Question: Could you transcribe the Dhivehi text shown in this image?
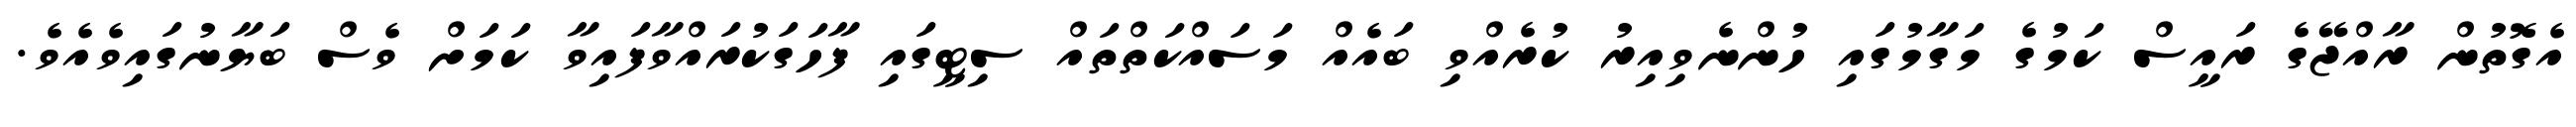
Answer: އެގޮތުން ރާއްޖޭގެ ރައީސް ކަމުގެ މަގާމުގައި ހުންނެވިއިރު ކުރެއްވި ބައެއް މަސައްކަތްތައް ސިޓީގައި ފާހަގަކުރައްވާފައިވާ ކަމަށް ވެސް ބަޔާނުގައިވެއެވެ.